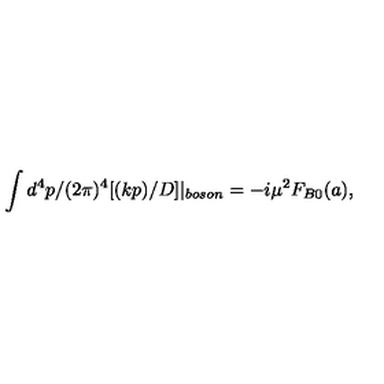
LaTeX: \int d ^ { 4 } p / ( 2 \pi ) ^ { 4 } [ ( k p ) / D ] | _ { b o s o n } = - i \mu ^ { 2 } F _ { B 0 } ( a ) ,